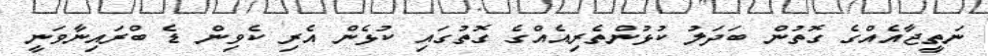
ނަތީޖާއެއްގެ ގޮތުން ބަދަލު ކުޅުންތެރިއެއްގެ ގޮތުގައި ކުޅެން އެރި ކެވިން ޑެ ބްރައިނާވަނީ